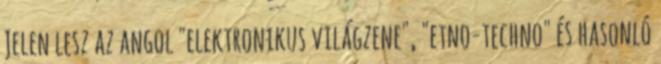
Jelen lesz az angol "elektronikus világzene", "etno-techno" és hasonló